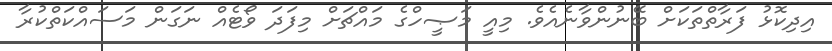
އިދިކޮޅު ފަރާތްތަކަށް ބޭނުންވާނެއެވެ. މިއީ މަޞީހްގެ މައްޗަށް މިފަދަ ވޯޓެއް ނަގަން މަސައްކަތްކުރާ